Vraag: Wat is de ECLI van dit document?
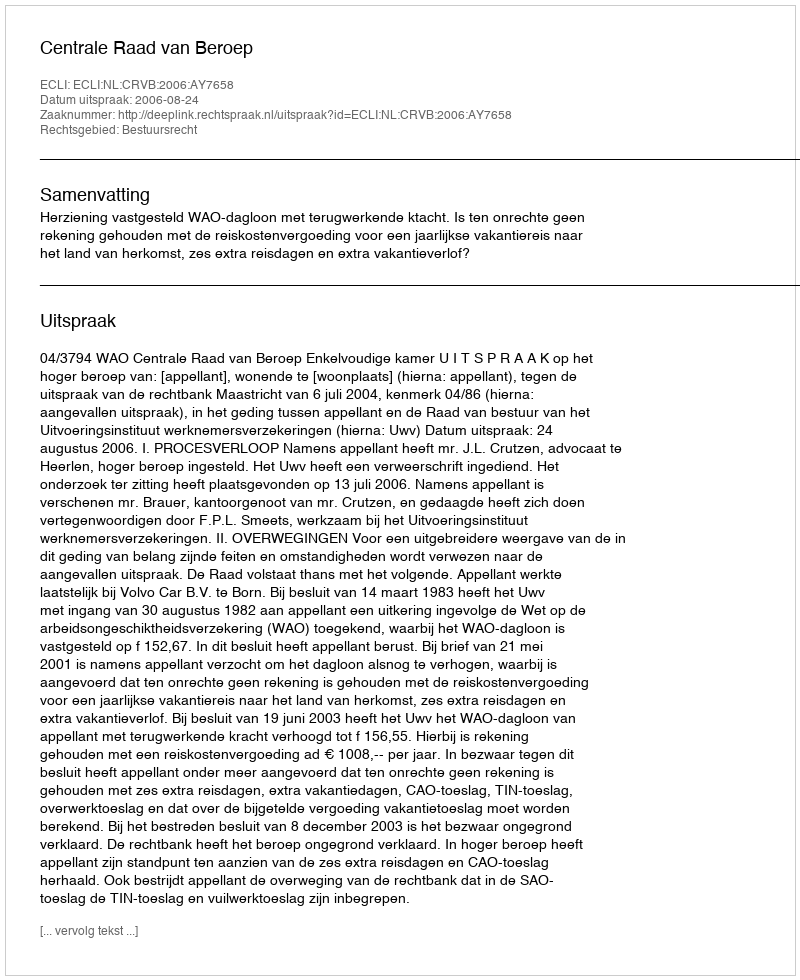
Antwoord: ECLI:NL:CRVB:2006:AY7658